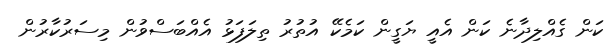
ކަން ގެއްލިދާނެ ކަން އެއީ ޔަގީން ކަމެކޭ އުުތުރު ތިލަފަޅު އެއްބަސްވުން މިސަރުކާރުން